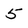
Character: 5